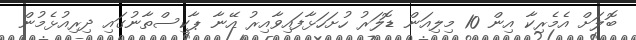
ބޮލަށް އެމެރިކާ އިން 10 މިލިއަން ޑޮލަރު ހުށަހަޅާފައިވާއިރު އޭނާ ޕާކިސްތާނުގައި ދިރިއުޅެމުން